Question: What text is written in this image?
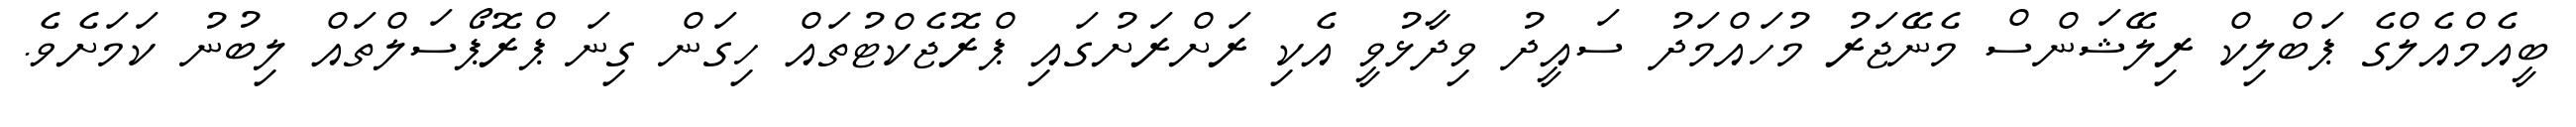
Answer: ބީއެމްއެލްގެ ޕަބްލިކް ރިލޭޝަންސް މެނޭޖަރު މުހައްމަދު ސައީދު ވިދާޅުވީ އެކި ރަށްރަށުގައި ޕްރޮޖެކްޓުތައް ހިގަން ގިނަ ޕްރޮޕޯސަލްތައް ލިބުނު ކަމަށެވެ.